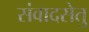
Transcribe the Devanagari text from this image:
संवादसेतु